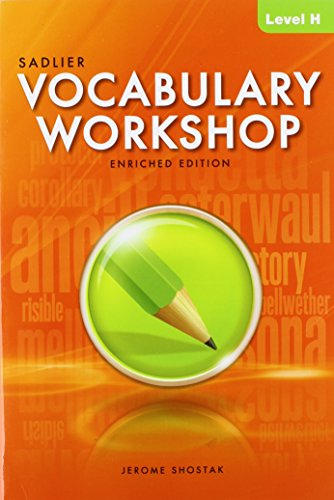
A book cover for Vocabulary Workshop Enriched Edition Level H; Jerome Shostak; Reference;